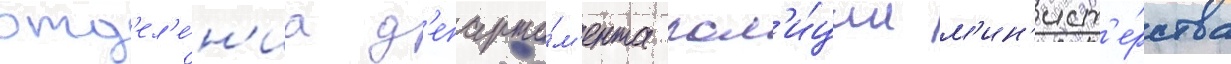
отд'ел'е́н'иа д'епарта́м'ента пол'и́ции м'ин'ист'е́рства